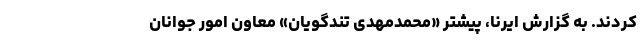
کردند. به گزارش ایرنا، پیشتر «محمدمهدی تندگویان» معاون امور جوانان